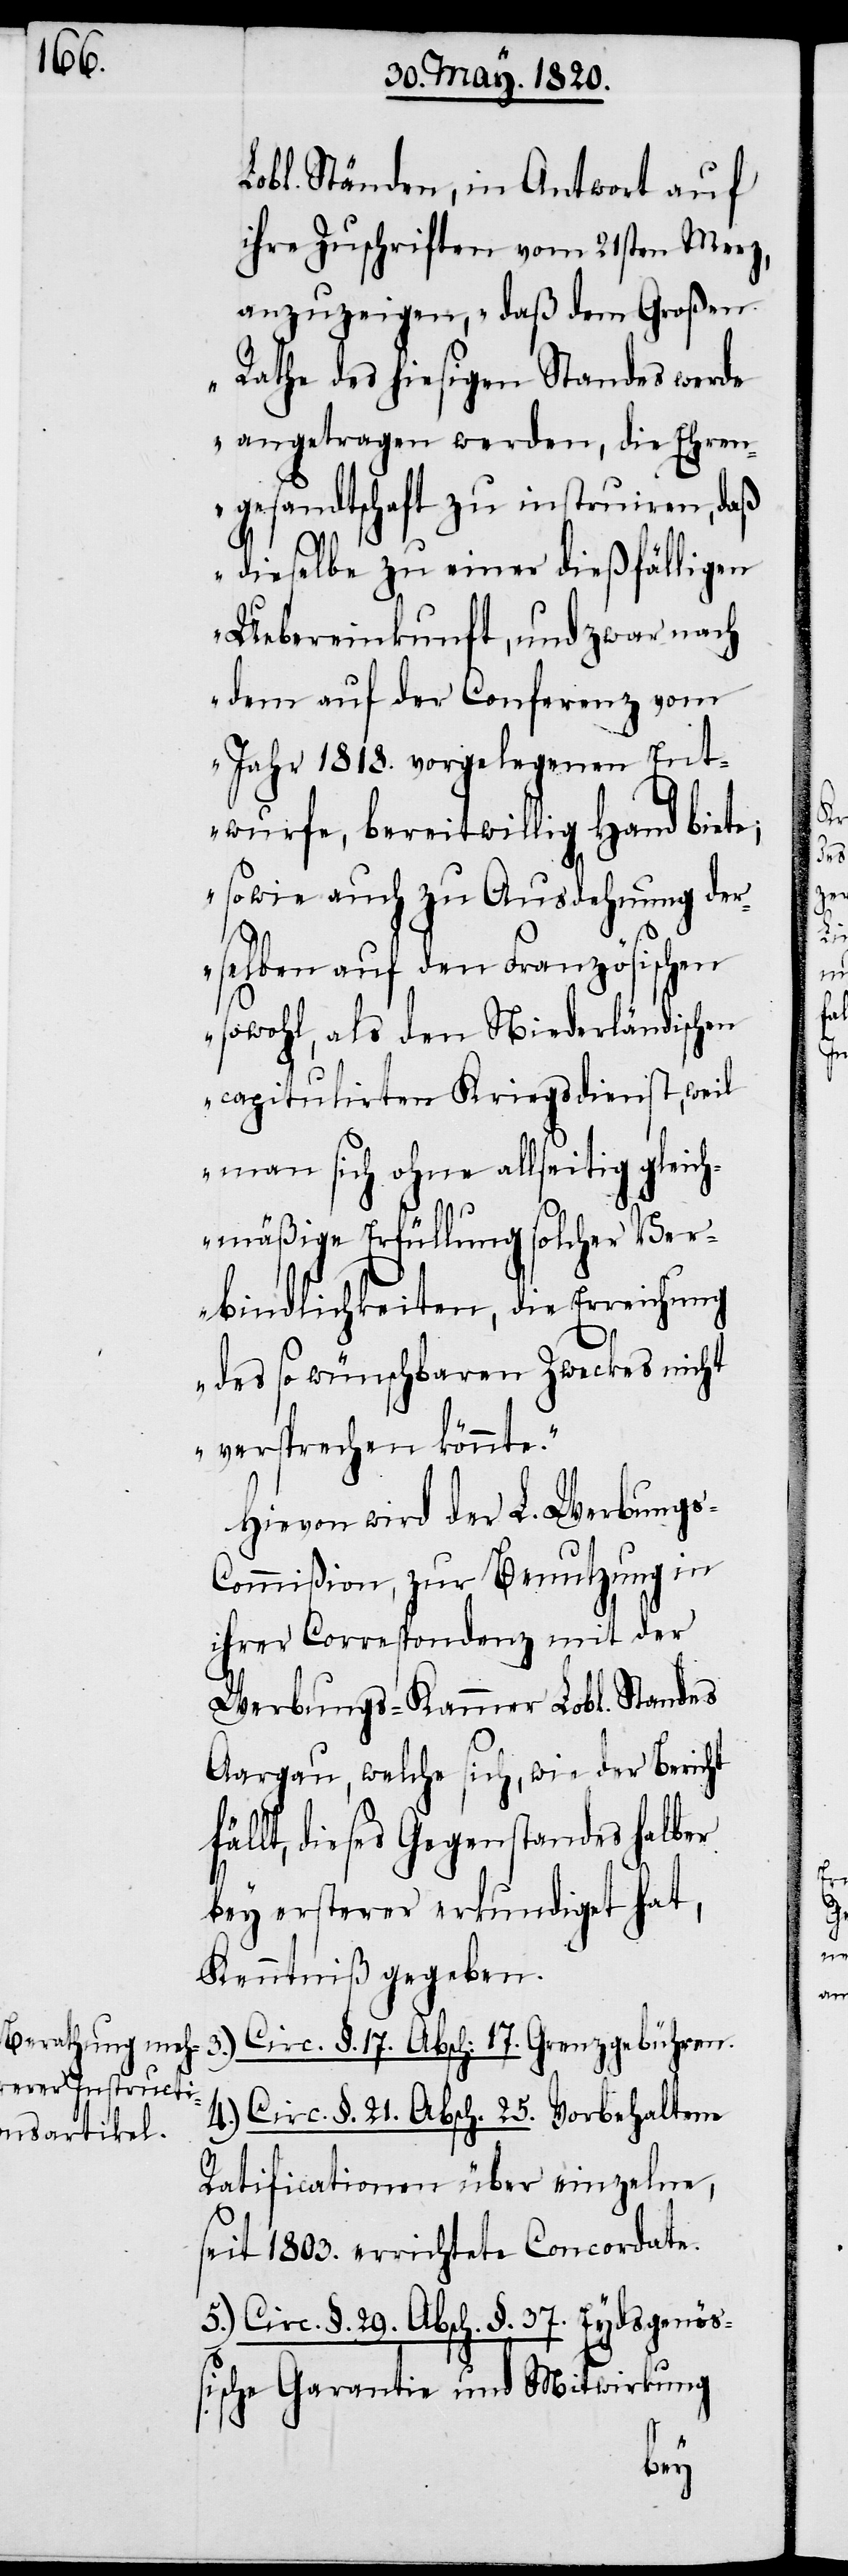
Lobl. Ständen, in Antwort auf
ihre Zuschriften vom 21sten Merz,
anzuzeigen, „daß dem Großen
Rathe des hiesigen Standes werde
angetragen werden, die Ehren¬
gesandtschaft zu instruiren, daß
dieselbe zu einer dießfälligen
Uebereinkunft, und zwar nach
dem auf der Converenz vom
Jahr 1818. vorgelegenen Ent¬
wurfe, bereitwillig Hand biete;
sowie auch zu Ausdehnung der¬
selben auf den Französischen
sowohl, als den Niederländischen
capitulirten Kriegsdienst, weil
man sich ohne allseitig gleich¬
mäßige Erfüllung solcher Ver¬
bindlichkeiten, die Erreichung
des so wünschbaren Zwecks nicht
versprechen könnte.“
Hievon wird der L. Werbungs-C¬
ommißion, zur Benutzung in
ihrer Correspondenz mit der
Werbungs-Kammer Lobl. Standes
Aargau, welche sich, wie der Bericht
fällt, dieses Gegenstandes halber
bey ersterer erkundiget hat,
Kenntniß gegeben.
3.) Circ. §. 17. Absch: 17. Grenzgebühren.
4.) Circ. §. 21. Absch. 25. Vorbehaltene
Ratificationen über einzelne,
seit 1803. errichtete Concordate.
5.) Circ. §. 29. Absch. §. 37. Eydsgenöß¬
ische Garantie und Mitwirkung